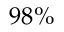
9 8 \%